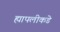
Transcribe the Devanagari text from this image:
ह्यापलीकडे